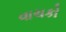
વાચકો